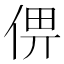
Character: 㑭